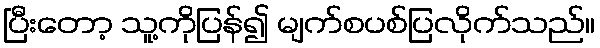
ပြီးတော့ သူ့ကိုပြန်၍ မျက်စပစ်ပြလိုက်သည်။